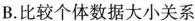
B.比较个体数据大小关系